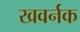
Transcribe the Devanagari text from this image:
खवर्नक